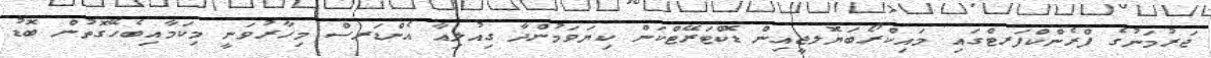
ޖަރުމަނުގެ ފްރެންކްފަރޓްގައި މައިކްރޯބަޔޮލޖީއިން ޑޮކްޓަރޭޓްކަން ކިޔަވަމުންދާ ގިއުލިއާ އެންޑަރސް މިހާރުވަނީ މިކަމާއިބެހޭގޮތުން ބޮޑު